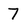
Character: 7